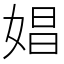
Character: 娼